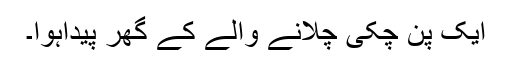
ایک پن چکی چلانے والے کے گھر پیداہوا۔